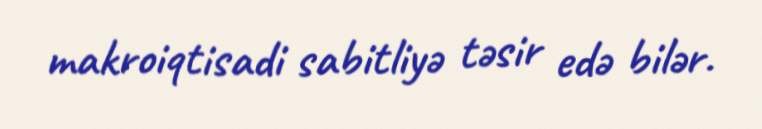
makroiqtisadi sabitliyə təsir edə bilər.